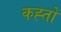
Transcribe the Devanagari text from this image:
कह्तों